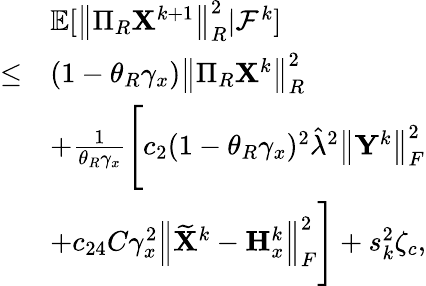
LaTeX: \begin{array}{rl}&{{\mathbb{E}}[\left\| \Pi_{R}{\mathbf{X}}^{k+1}\right\| _{R}^{2}\vert{\mathcal{F}}^{k}]}\\ {\leq}&{(1-\theta_{R}\gamma_{x})\left\| \Pi_{R}{\mathbf{X}}^{k}\right\| _{R}^{2}}\\ &{+\frac{1}{\theta_{R}\gamma_{x}}\Bigg[c_{2}(1-\theta_{R}\gamma_{x})^{2}\hat{\lambda}^{2}\left\| {\mathbf{Y}}^{k}\right\| _{F}^{2}}\\ &{+c_{24}C\gamma_{x}^{2}\left\| \widetilde{{\mathbf{X}}}^{k}-{\mathbf{H}}_{x}^{k}\right\| _{F}^{2}\Bigg]+s_{k}^{2}\zeta_{c},}\end{array}